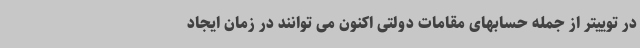
در توییتر از جمله حسابهای مقامات دولتی اکنون می توانند در زمان ایجاد